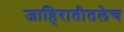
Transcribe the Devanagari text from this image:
जाहिरातीतलेच